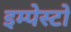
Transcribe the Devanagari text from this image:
इम्पेस्टो